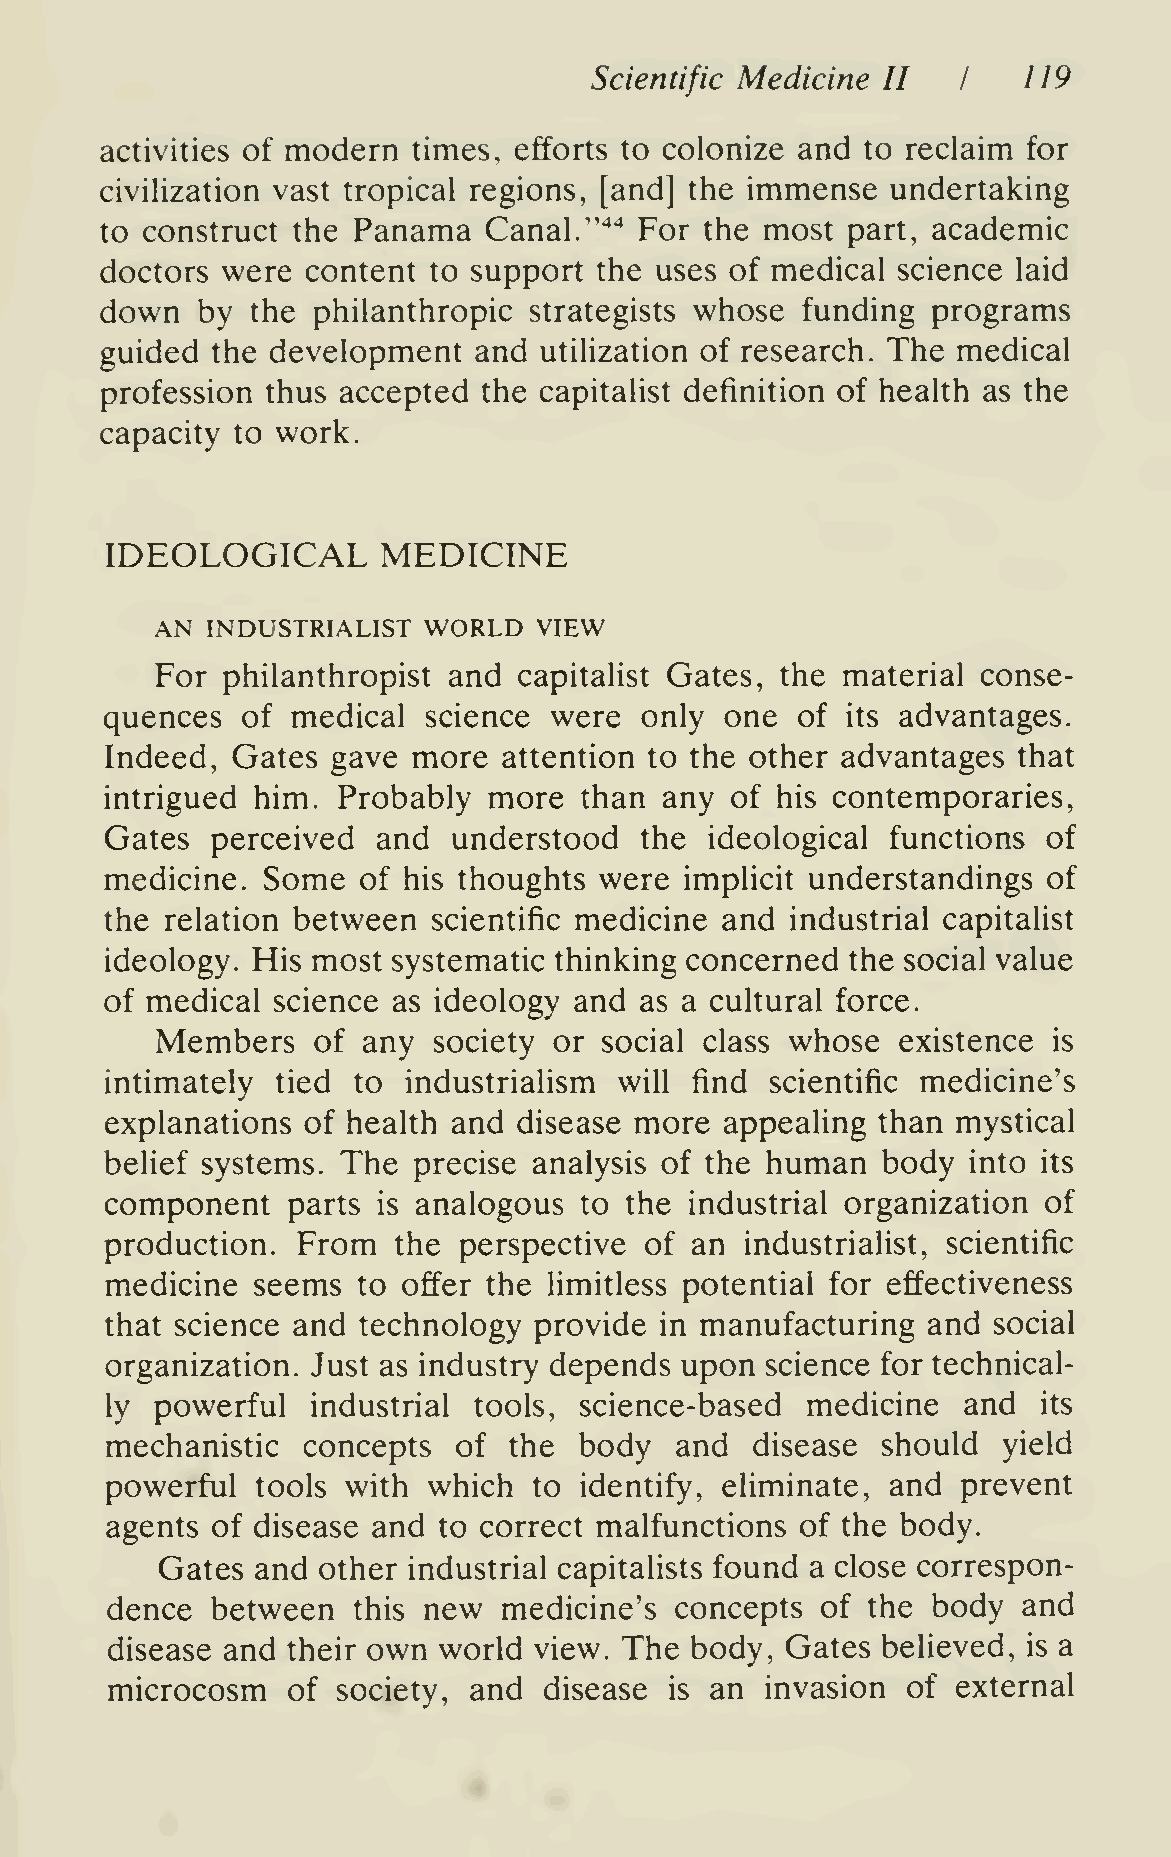
Scientific Medicine II   I   1 19
 activities of modern times, efforts to colonize and to reclaim for
 civilization vast tropical regions, [and] the immense undertaking
 to construct the Panama  Canal/"''' For the most part, academic
 doctors were content to support  the uses of medical science laid
 down  by  the philanthropic strategists whose funding  programs
 guided the development  and  utilization of research. The medical
 profession thus accepted the capitalist definition of health as the
 capacity to work.
 IDEOLOGICAL       MEDICINE
 AN  INDUSTRIALIST WORLD  VIEW
 For  philanthropist and capitalist Gates, the material conse-
 quences  of medical  science were  only  one  of its advantages.
 Indeed, Gates  gave more  attention to the other advantages that
 intrigued him. Probably  more  than  any of his contemporaries,
 Gates  perceived  and  understood  the  ideological functions of
 medicine. Some   of his thoughts were implicit understandings of
 the relation between  scientific medicine and industrial capitalist
 ideology. His most systematic thinking concerned the social value
 of medical science as ideology and as a cultural force.
 Members    of any  society or social class whose existence  is
 intimately tied to  industrialism will find scientific medicine's
 explanations of health and disease more  appealing than mystical
 belief systems. The precise analysis of the human  body  into its
 component   parts is analogous to the  industrial organization of
 production.  From  the perspective  of an industrialist, scientific
 medicine  seems  to offer the limitless potential for effectiveness
 that science and technology provide  in manufacturing and  social
 organization. Just as industry depends upon science for technical-
 ly powerful   industrial tools, science-based medicine   and  its
 mechanistic  concepts  of  the body   and  disease should  yield
 powerful  tools with which  to identify, eliminate, and  prevent
 agents of disease and to correct malfunctions of the body.
 Gates and other industrial capitalists found a close correspon-
 dence  between  this new  medicine's  concepts of the  body  and
 disease and their own world view. The  body, Gates believed, is a
 microcosm   of society, and  disease is an  invasion of external